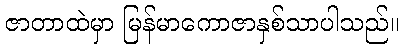
ဇာတာထဲမှာ မြန်မာကောဇာနှစ်သာပါသည်။